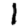
Digit: 1